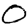
Digit: 0